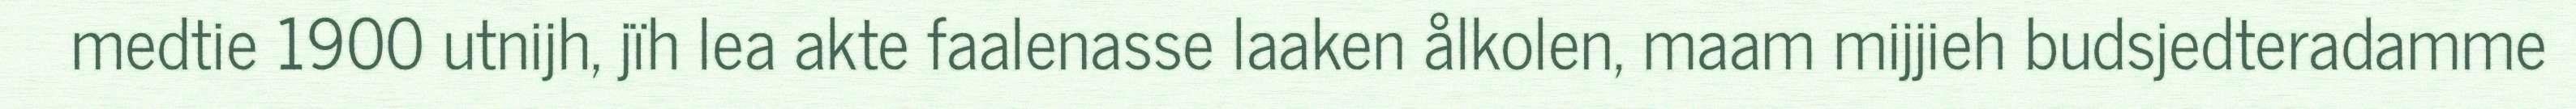
medtie 1900 utnijh, jïh lea akte faalenasse laaken ålkolen, maam mijjieh budsjedteradamme